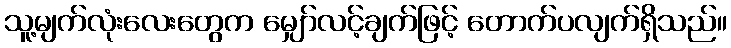
သူ့မျက်လုံးလေးတွေက မျှော်လင့်ချက်ဖြင့် တောက်ပလျက်ရှိသည်။